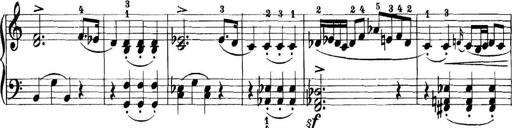
Title: 11 Sonatinas
Composer: Anton Diabelli